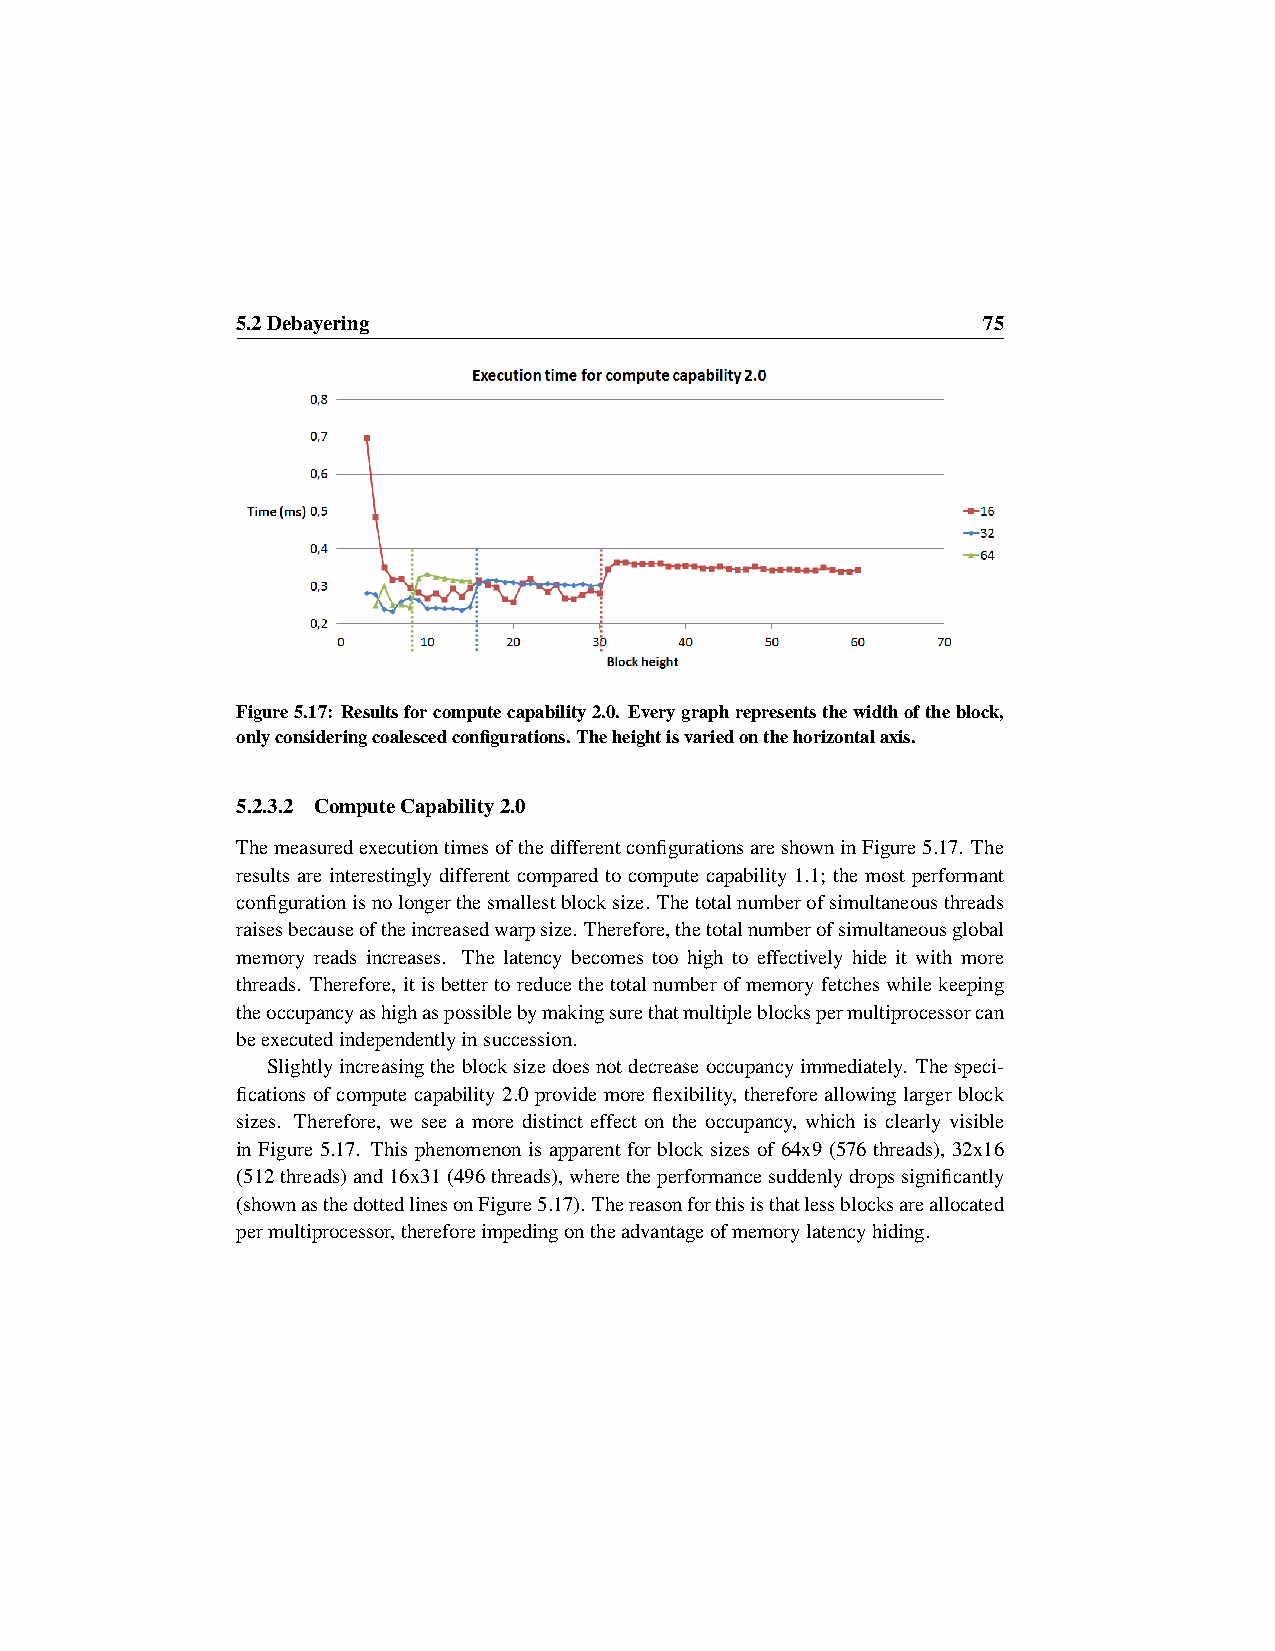
5.2Debayering                                    75
 Figure5.17: Resultsforcomputecapability2.0. Everygraphrepresentsthewidthoftheblock,
 onlyconsideringcoalescedconfigurations.Theheightisvariedonthehorizontalaxis.
 5.2.3.2 ComputeCapability2.0
 ThemeasuredexecutiontimesofthedifferentconfigurationsareshowninFigure5.17. The
 results are interestingly different compared to compute capability 1.1; the most performant
 configurationisnolongerthesmallestblocksize. Thetotalnumberofsimultaneousthreads
 raisesbecauseoftheincreasedwarpsize. Therefore,thetotalnumberofsimultaneousglobal
 memory reads increases. The latency becomes too high to effectively hide it with more
 threads. Therefore, itisbettertoreducethetotalnumberofmemoryfetcheswhilekeeping
 theoccupancyashighaspossiblebymakingsurethatmultipleblockspermultiprocessorcan
 beexecutedindependentlyinsuccession.
 Slightlyincreasingtheblocksizedoesnotdecreaseoccupancyimmediately. Thespeci-
 fications of compute capability 2.0 provide more flexibility, therefore allowing larger block
 sizes. Therefore, we see a more distinct effect on the occupancy, which is clearly visible
 in Figure 5.17. This phenomenon is apparent for block sizes of 64x9 (576 threads), 32x16
 (512threads)and16x31(496threads),wheretheperformancesuddenlydropssignificantly
 (shownasthedottedlinesonFigure5.17).Thereasonforthisisthatlessblocksareallocated
 permultiprocessor,thereforeimpedingontheadvantageofmemorylatencyhiding.